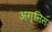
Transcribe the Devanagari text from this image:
अग्निस